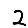
Digit: 2